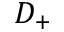
D _ { + }